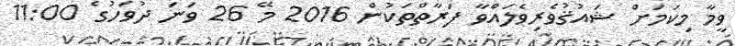
ވީމާ މިކަމަށް ޝައުޤުވެރިވެލައްވާ ފަރާތްތަކުން 2016 މޭ 26 ވަނަ ދުވަހުގެ 11:00